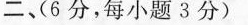
二、(6分，每小题3分)